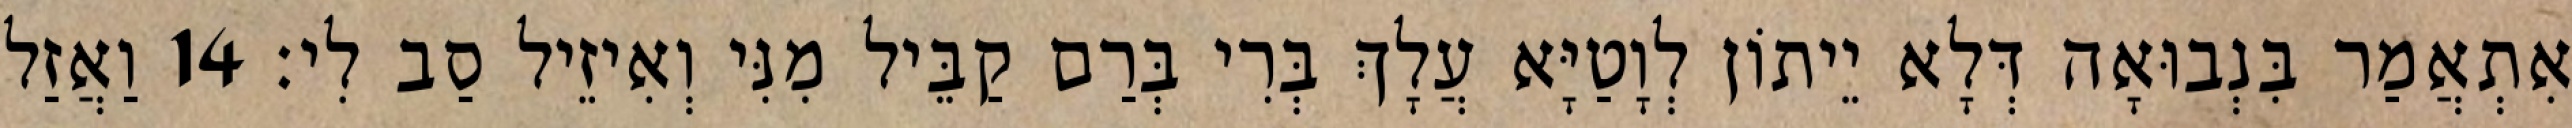
אִתְאֲמַר בִּנְבוּאָה דְּלָא יֵיתוֹן לְוָטַיָּא עֲלָךְ בְּרִי בְּרַם קַבֵּיל מִנִּי וְאִיזֵיל סַב לִי׃ 14 וַאֲזַל